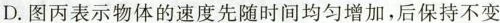
D. 图丙表示物体的速度先随时间均匀增加，后保持不变